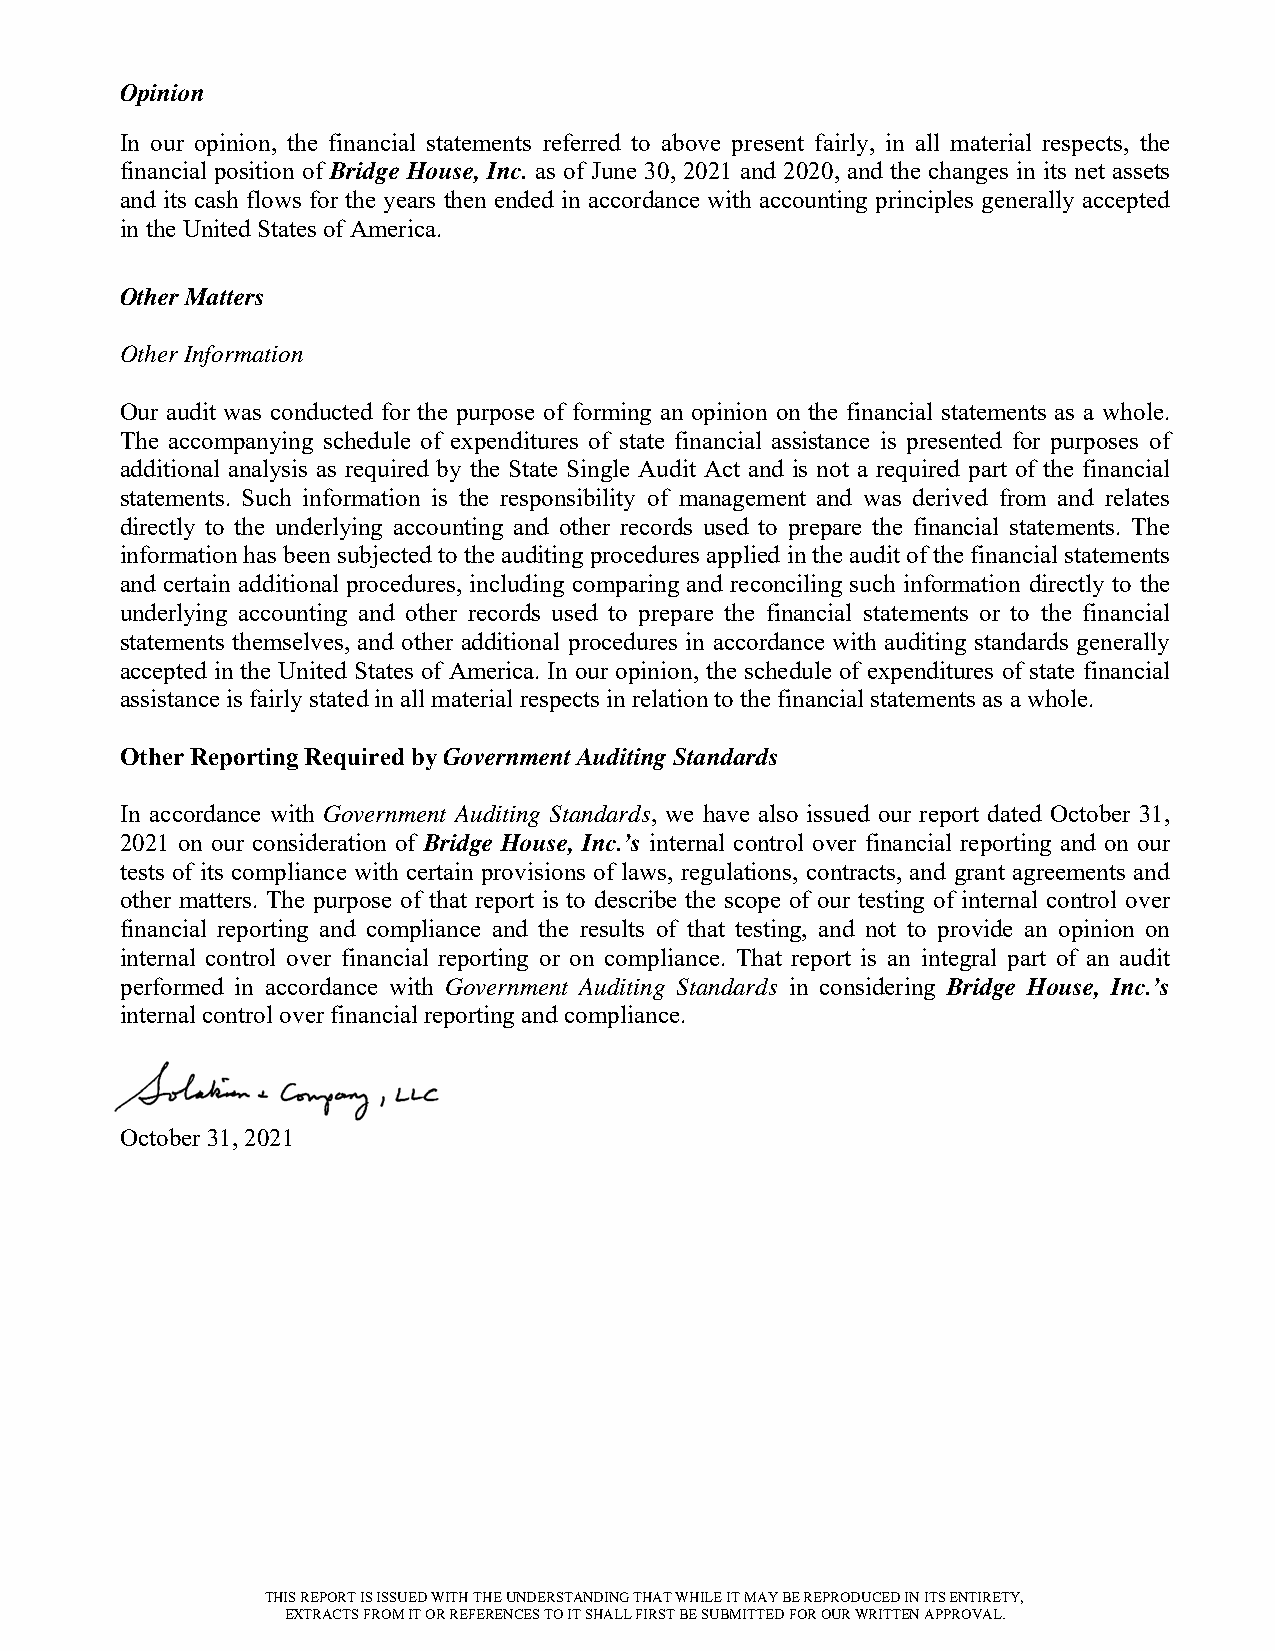
Opinion
 In our opinion, the financial statements referred to above present fairly, in all material respects, the
 financial position of Bridge House, Inc. as of June 30, 2021 and 2020, and the changes in its net assets
 and its cash flows for the years then ended in accordance with accounting principles generally accepted
 in the United States of America.
 Other Matters
 Other Information
 Our audit was conducted for the purpose of forming an opinion on the financial statements as a whole.
 The accompanying schedule of expenditures of state financial assistance is presented for purposes of
 additional analysis as required by the State Single Audit Act and is not a required part of the financial
 statements. Such information is the responsibility of management and was derived from and relates
 directly to the underlying accounting and other records used to prepare the financial statements. The
 information has been subjected to the auditing procedures applied in the audit of the financial statements
 and certain additional procedures, including comparing and reconciling such information directly to the
 underlying accounting and other records used to prepare the financial statements or to the financial
 statements themselves, and other additional procedures in accordance with auditing standards generally
 accepted in the United States of America. In ou r opinion, the schedule of expenditures of state financial
 assistance is fairly stated in all material respects in relation to the financial statements as a whole.
 Other Reporting Required by Government Auditing Standards
 In accordance with Government Auditing Standards, we have also issued our report dated October 31,
 2021 on our consideration of Bridge House, Inc.’s internal control over financial reporting and on our
 tests of its compliance with certain provisions of laws, regulations, contracts, and grant agreements and
 other matters. The purpose of that report is to describe the scope of our testing of internal control over
 financial reporting and compliance and the results of that testing, and not to provide an opinion on
 internal control over financial reporting or on compliance. That report is an integral part of an audit
 performed in accordance with Government Auditing Standards in considering Bridge House, Inc.’s
 internal control over financial reporting and compliance.
 October 31, 2021
 THIS REPORT IS ISSUED WITH THE UNDERSTANDING THAT WHILE IT MAY BE REPRODUCED IN ITS ENTIRETY,
 EXTRACTS FROM IT OR REFERENCES TO IT SHALL FIRST BE SUBMITTED FOR OUR WRITTEN APPROVAL.